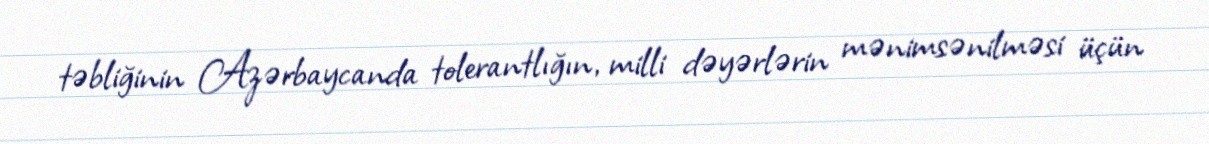
təbliğinin Azərbaycanda tolerantlığın, milli dəyərlərin mənimsənilməsi üçün